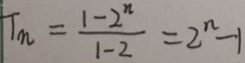
T _ { m } = \frac { 1 - 2 ^ { n } } { 1 - 2 } = 2 ^ { n } - 1